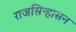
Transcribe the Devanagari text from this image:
राजसिन्हासन